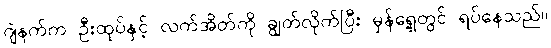
ဂျဲနက်က ဦးထုပ်နှင့် လက်အိတ်ကို ချွတ်လိုက်ပြီး မှန်ရှေ့တွင် ရပ်နေသည်။